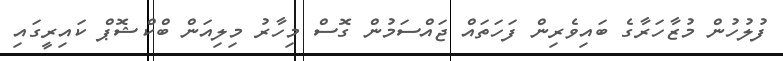
ފުލުހުން މުޒާހަރާގެ ބައިވެރިން ފަހަތައް ޖައްސަމުން ގޮސް މިހާރު މިލިއަން ބްކްޝޮޕް ކައިރީގައި